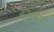
હમાદ